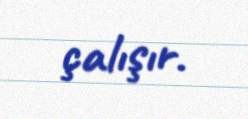
çalışır.